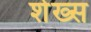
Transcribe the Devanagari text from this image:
शेख्स